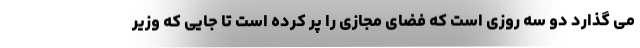
می گذارد دو سه روزی است که فضای مجازی را پر کرده است تا جایی که وزیر